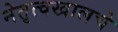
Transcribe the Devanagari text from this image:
नेतृत्वखालचे